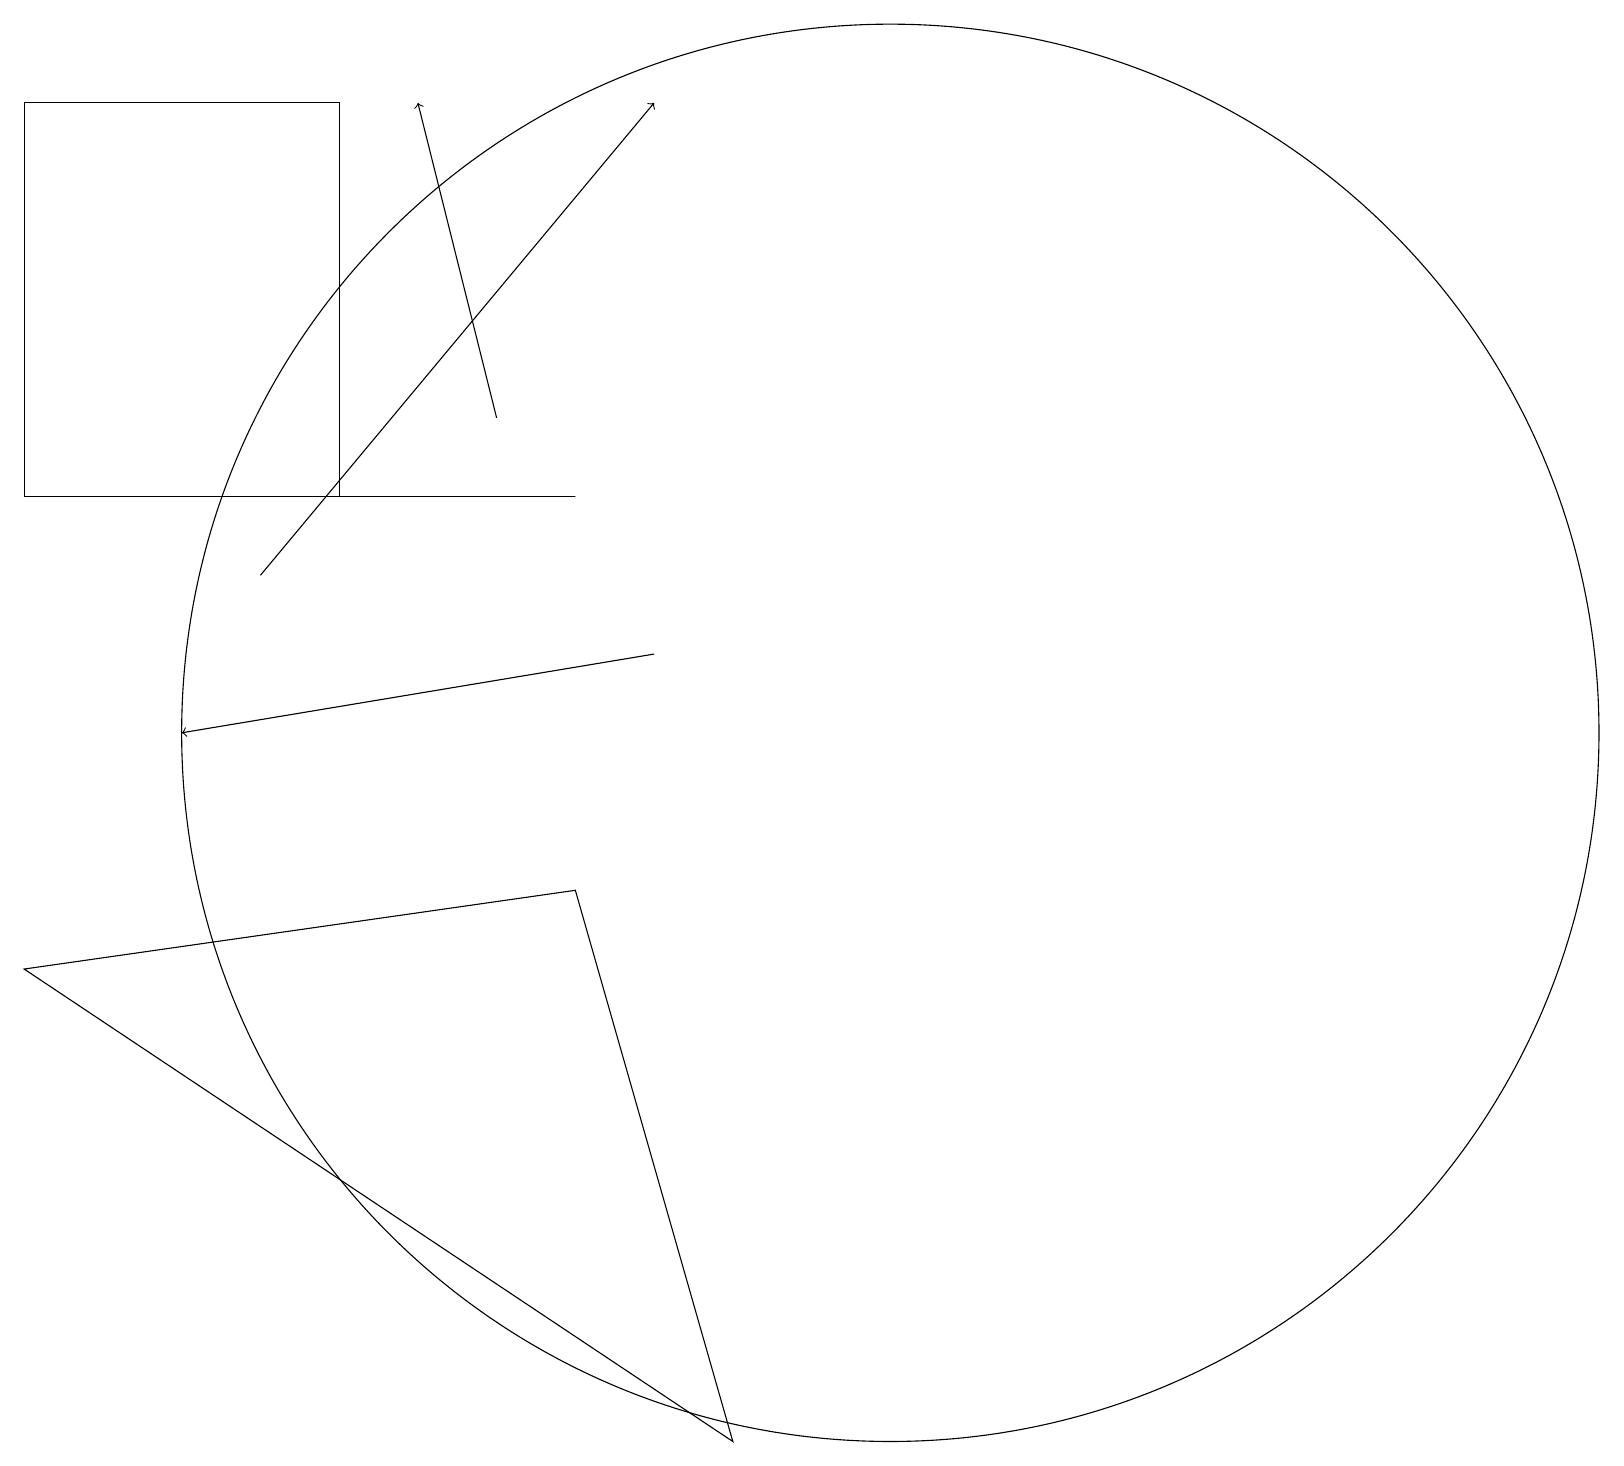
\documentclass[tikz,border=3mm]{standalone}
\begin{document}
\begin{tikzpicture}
\draw[->] (6,14) -- (5,18);
\draw (4,18) rectangle (0,13);
\draw[->] (3,12) -- (8,18);
\draw[->] (8,11) -- (2,10);
\draw (2,13) rectangle (7,13);
\draw (7,8) -- (9,1) -- (0,7) -- cycle;
\draw (11,10) circle (9);
\draw (11,10) circle (0);
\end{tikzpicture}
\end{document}